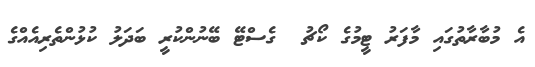
އެ މުބާރާތުގައި މާފަރު ޓީމުގެ ކޯޗު  ގެސްޓޭ ބޭނުންކުރީ ބަދަލު ކުޅުންތެރިއެއްގެ